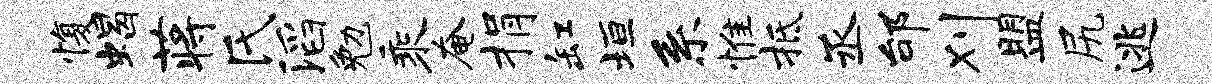
愎蝎蒋氏滔勉乘奄捐缸垣系惟抵丞邰刈盟尻逃